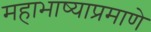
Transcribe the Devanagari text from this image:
महाभाष्याप्रमाणे